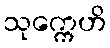
သုက္ကေဟိ